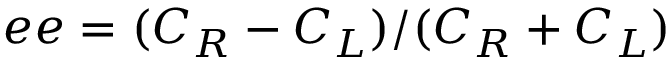
e e = ( C _ { R } - C _ { L } ) / ( C _ { R } + C _ { L } )